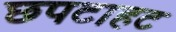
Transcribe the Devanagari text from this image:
छपटाहट